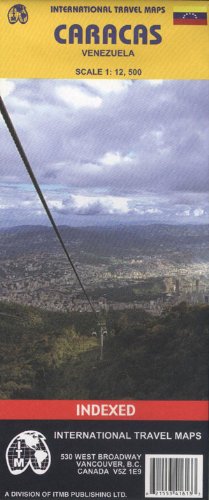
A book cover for Caracas (Venezuela) 1:12,500 Street Map; ITM Canada; Travel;